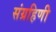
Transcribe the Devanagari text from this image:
संग्रहिणी